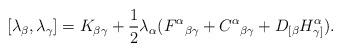
LaTeX: \begin{align*}[\lambda_\beta, \lambda_\gamma] = K_{\beta\gamma}+ \frac 12 \lambda_\alpha (F^\alpha{}_{\beta \gamma} +C^\alpha{}_{\beta \gamma} + D_{[\beta} H^\alpha_{\gamma]}). \end{align*}